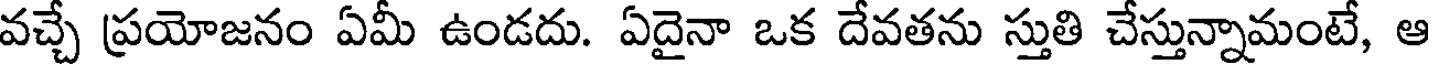
వచ్చే ప్రయోజనం ఏమీ ఉండదు. ఏదైనా ఒక దేవతను స్తుతి చేస్తున్నామంటే, ఆ